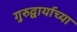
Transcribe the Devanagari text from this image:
गुरुद्वार्याच्या